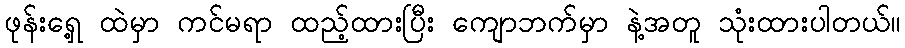
ဖုန်းရှေ့ ထဲမှာ ကင်မရာ ထည့်ထားပြီး ကျောဘက်မှာ နဲ့အတူ သုံးထားပါတယ်။